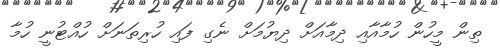
ތިން މީހުން ހުމާއާއި ދިމާއަށް ދިޔުމަށް ނެގި ފައި ހުރިތަނަށް ހުއްޓުނީ ހުމާ